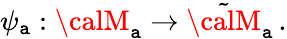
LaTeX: \psi_{\mathtt{a}}:{\calM}_{\mathtt{a}}\to\tilde{{{\calM}}}_{\mathtt{a}}\, .